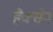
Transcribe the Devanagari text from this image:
हैक्सेन